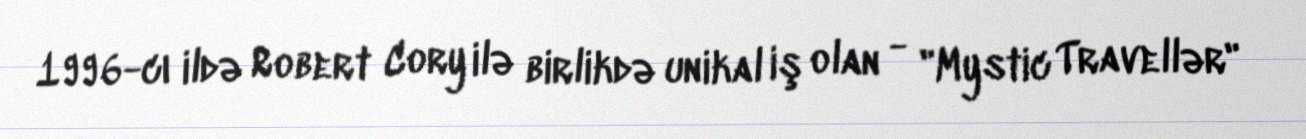
1996-cı ildə Robert Cory ilə birlikdə unikal iş olan - "Mystic Travellər"